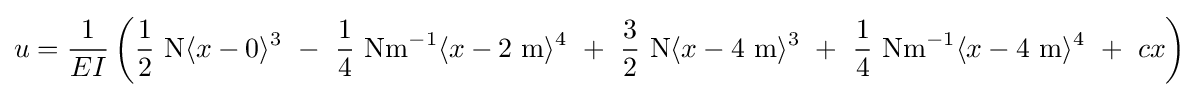
u={\frac {1}{EI}}\left({\frac {1}{2}}{\text{ N}}\langle x-0\rangle ^{3}\ -\ {\frac {1}{4}}{\text{ Nm}}^{-1}\langle x-2{\text{ m}}\rangle ^{4}\ +\ {\frac {3}{2}}{\text{ N}}\langle x-4{\text{ m}}\rangle ^{3}\ +\ {\frac {1}{4}}{\text{ Nm}}^{-1}\langle x-4{\text{ m}}\rangle ^{4}\ +\ cx\right)